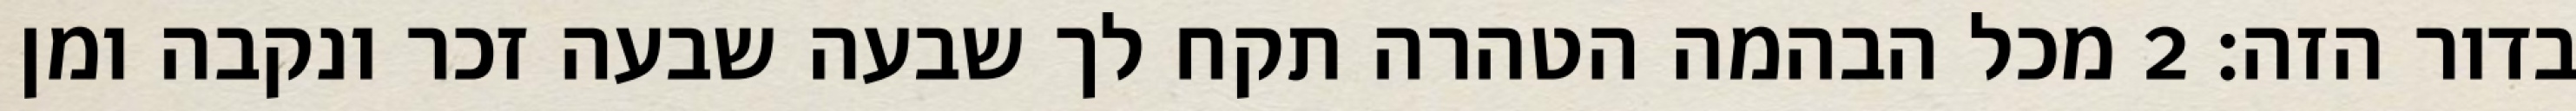
בדור הזה׃ ‎2‏ מכל הבהמה הטהרה תקח לך שבעה שבעה זכר ונקבה ומן